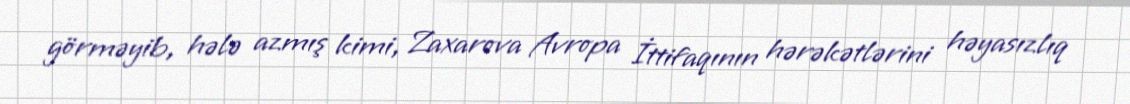
görməyib, hələ azmış kimi, Zaxarova Avropa İttifaqının hərəkətlərini həyasızlıq